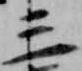
三